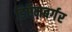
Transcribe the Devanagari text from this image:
डिऍमबर्गर